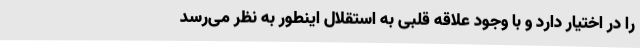
را در اختیار دارد و با وجود علاقه قلبی به استقلال اینطور به نظر می‌رسد